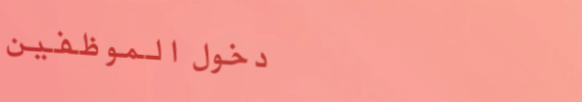
دخول الموظفين